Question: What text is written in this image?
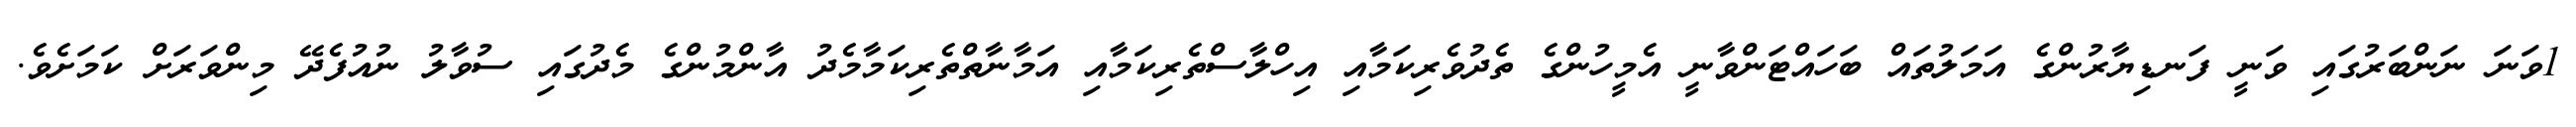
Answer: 1ވަނަ ނަންބަރުގައި ވަނީ ފަނޑިޔާރުންގެ އަމަލުތައް ބަހައްޓަންވާނީ އެމީހުންގެ ތެދުވެރިކަމާއި އިހްލާސްތެރިކަމާއި އަމާނާތްތެރިކަމާމެދު އާންމުންގެ މެދުގައި ސުވާލު ނުއުފެދޭ މިންވަރަށް ކަމަށެވެ.